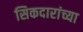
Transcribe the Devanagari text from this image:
सिकदारांच्या